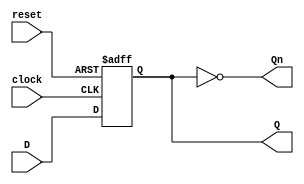

module DFF (D, clock, reset, Q, Qn);
input D; //Data input
input clock; //Clock input
input reset; //Asynchronous active-low reset
output Q, Qn; //Outputs Q and Q'
reg Q;
always @(posedge clock or negedge reset)
if (reset==1'b0)
Q <= 0;
else
Q <= D;
assign Qn = ~Q;
endmodule